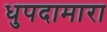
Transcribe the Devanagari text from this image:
धुपदामारा